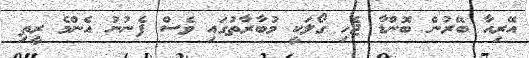
އޭރިއާ ބޭރުން ބޮންޑާ ޖެހި ގޯލަކީ މުބާރާތުގައި ވެސް ފެނުނު އެންމެ ރީތި